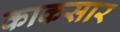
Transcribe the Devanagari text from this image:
काकसार